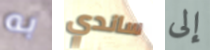
به ساندي إلى